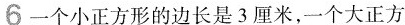
6一个小正方形的边长是3厘米，一个大正方